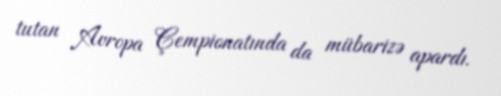
tutan Avropa Çempionatında da mübarizə apardı.